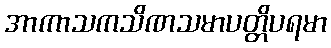
အာကာသကသိဏသမာပတ္တိပရမာ